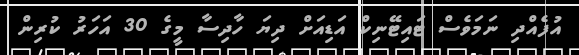
އުފެއްދި ނަމަވެސް ޓައިޓޭނިކް އަޑިއަށް ދިޔަ ހާދިސާ މީގެ 30 އަހަރު ކުރިން